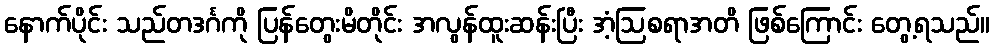
နောက်ပိုင်း သည်တဒင်္ဂကို ပြန်တွေးမိတိုင်း အလွန်ထူးဆန်းပြီး အံ့ဩစရာအတိ ဖြစ်ကြောင်း တွေ့ရသည်။